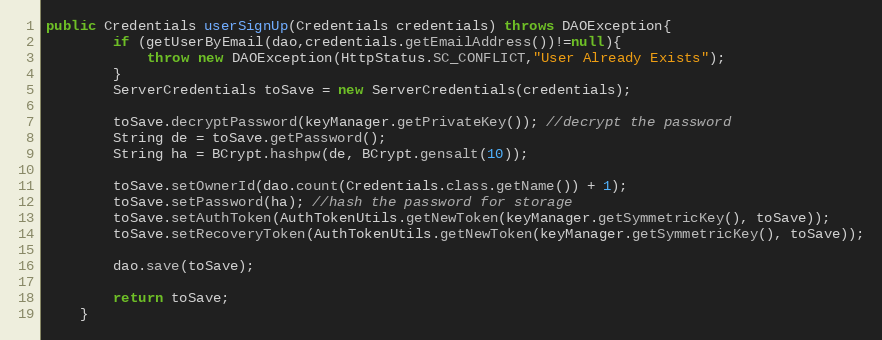
Language: Java
public Credentials userSignUp(Credentials credentials) throws DAOException{
        if (getUserByEmail(dao,credentials.getEmailAddress())!=null){
            throw new DAOException(HttpStatus.SC_CONFLICT,"User Already Exists");
        }
        ServerCredentials toSave = new ServerCredentials(credentials);

        toSave.decryptPassword(keyManager.getPrivateKey()); //decrypt the password
        String de = toSave.getPassword();
        String ha = BCrypt.hashpw(de, BCrypt.gensalt(10));

        toSave.setOwnerId(dao.count(Credentials.class.getName()) + 1);
        toSave.setPassword(ha); //hash the password for storage
        toSave.setAuthToken(AuthTokenUtils.getNewToken(keyManager.getSymmetricKey(), toSave));
        toSave.setRecoveryToken(AuthTokenUtils.getNewToken(keyManager.getSymmetricKey(), toSave));

        dao.save(toSave);

        return toSave;
    }